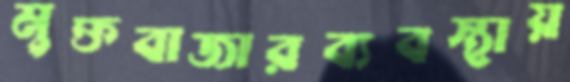
মুক্তবাজারব্যবস্থায়